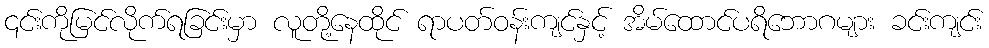
၎င်းကိုမြင်လိုက်ရခြင်းမှာ လူတို့နေထိုင် ရာပတ်ဝန်းကျင်နှင့် အိမ်ထောင်ပရိဘောဂများ ခင်းကျင်း